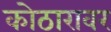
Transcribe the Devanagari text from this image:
कोठारावर